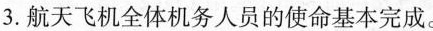
3.航天飞机全体机务人员的使命基本完成.